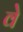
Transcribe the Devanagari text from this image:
वेे